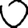
Digit: 0